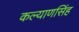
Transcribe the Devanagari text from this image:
कल्‍याणसिंह